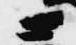
ニ